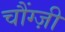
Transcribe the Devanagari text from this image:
चौंग्ज़ी